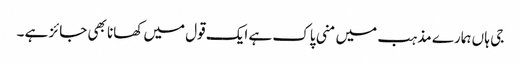
جی ہا ں ہمارے مذہب میں منی پاک ہے ایک قول میں کھانا بھی جائز ہے ۔